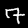
Label: 7